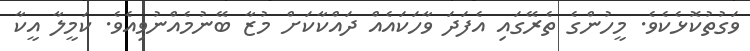
ވަގުތުކޮޅެކެވެ. މީހުންގެ ތެރޭގައި އެފަދަ ވާހަކައެއް ދައްކާކަށް މުޒާ ބޭނުމެއްނުވިއެވެ. ކަމީލާ އީކާ